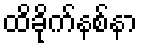
ထိခိုက်နစ်နာ